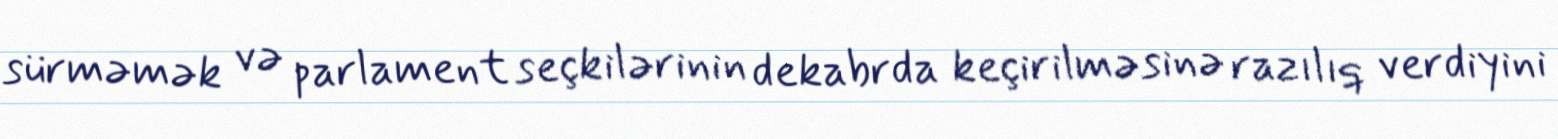
sürməmək və parlament seçkilərinin dekabrda keçirilməsinə razılıq verdiyini